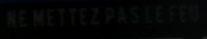
NE METTEZ PAS LE FEU